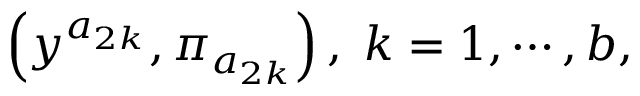
\left( y ^ { a _ { 2 k } } , \pi _ { a _ { 2 k } } \right) , \; k = 1 , \cdots , b ,